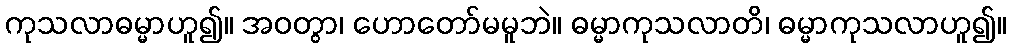
ကုသလာဓမ္မာဟူ၍။ အဝတွာ၊ ဟောတော်မမူဘဲ။ ဓမ္မာကုသလာတိ၊ ဓမ္မာကုသလာဟူ၍။